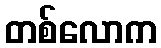
တစ်လောက